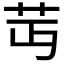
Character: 𦬛